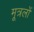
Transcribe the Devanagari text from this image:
मूत्रलों